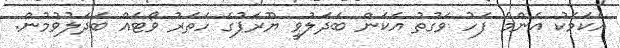
އެކަމަކު އެންމެ ފަހު ވަގުތު އެކަން ބަދަލުވީ ޔޫރަޕުގެ ހަތަރު ވޯޓެއް ބަދަލުވުމުން.